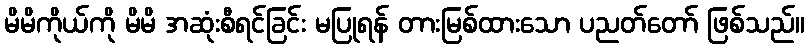
မိမိကိုယ်ကို မိမိ အဆုံးစီရင်ခြင်း မပြုရန် တားမြစ်ထားသော ပညတ်တော် ဖြစ်သည်။